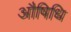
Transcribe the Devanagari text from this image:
औषिधि